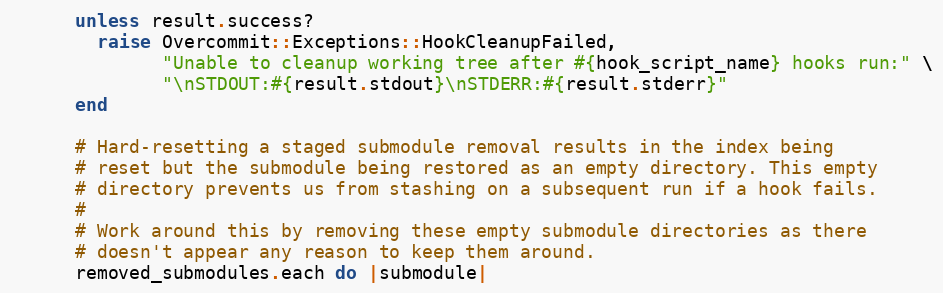
Language: Ruby
      unless result.success?
        raise Overcommit::Exceptions::HookCleanupFailed,
              "Unable to cleanup working tree after #{hook_script_name} hooks run:" \
              "\nSTDOUT:#{result.stdout}\nSTDERR:#{result.stderr}"
      end

      # Hard-resetting a staged submodule removal results in the index being
      # reset but the submodule being restored as an empty directory. This empty
      # directory prevents us from stashing on a subsequent run if a hook fails.
      #
      # Work around this by removing these empty submodule directories as there
      # doesn't appear any reason to keep them around.
      removed_submodules.each do |submodule|